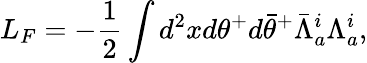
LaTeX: L_{F}=-\frac{1}{2}\int d^{2}xd\theta^{+}d{\bar{\theta}}^{+}{\bar{\Lambda}}_{a}^{i}\Lambda_{a}^{i},